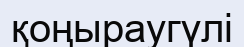
қоңыраугүлі